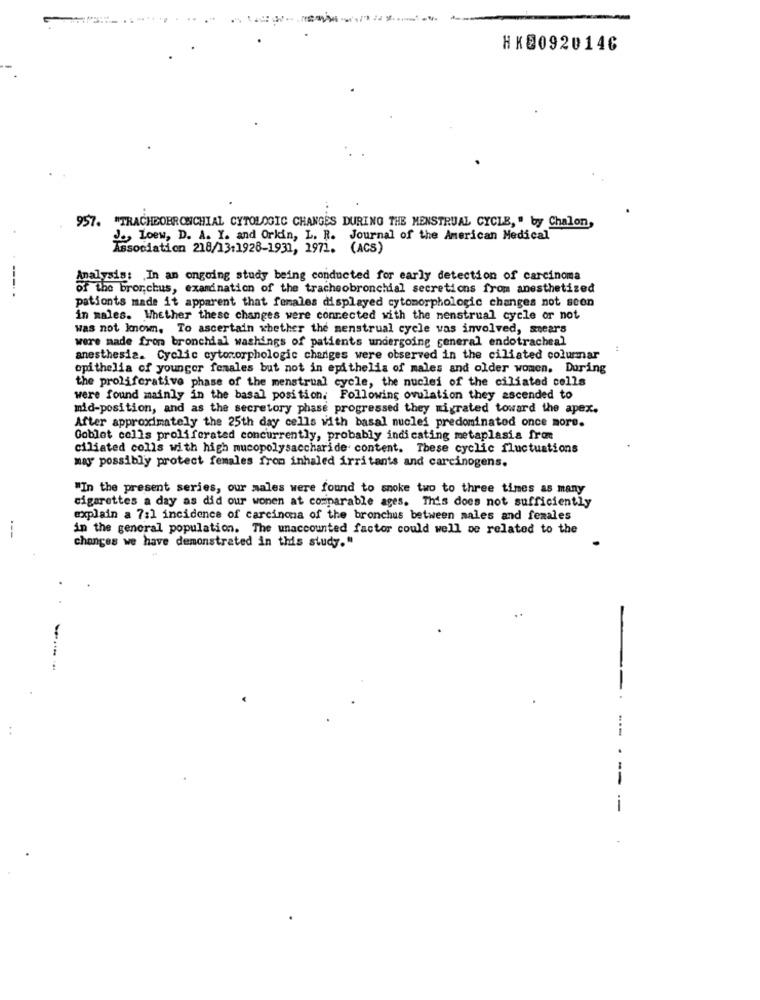
HK80920146
957. "TRACHEOBRONCHIAL CYTOLOGIC CHANGES DURING THE MENSTRUAL CYCLE, " by Chalon,
J ., Loew, D. A. Y. and Orkin, L. R. Journal of the American Medical
Association 218/13:1928-1931, 1971. (ACS)
Analysis: In an ongoing study being conducted for early detection of carcinoma
---. .
of the bror,chus, examination of the tracheobronchial secretions from anesthetized
pationts made it apparent that females displayed cytomorphologie changes not scon
in males. Whether these changes were connected with the menstrual cycle or not
was not known. To ascertain whether the menstrual cycle vas involved, stears
were made from bronchial washings of patients undergoing general endotracheal
anesthesia. Cyclic cytomorphologie changes were observed in the ciliated columnar
opithelia of younger females but not in epithelis of males and older women. During
the proliferative phase of the menstrual cycle, the nuclei of the ciliated cells
were found mainly in the basal position. Following ovulation they ascended to
mid-position, and as the secretory phase progressed they migrated toward the apex.
After approximately the 25th day cells with basal nuclei predominatod once more.
Goblet cells proliferated concurrently, probably indicating metaplasia frot
ciliated colls with high mucopolysaccharide content. These cyclic fluctuations
may possibly protect females from inhaled irritants and carcinogens.
"In the present series, our males were found to smoke two to three times as many
cigarettes a day as did our wonen at comparable ages. This does not sufficiently
explain a 7:1 incidence of carcinqua of the bronchus between males and females
---
in the general population. The unaccounted factor could well we related to the
changes we have demonstrated in this study."
---
--